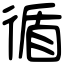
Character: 循